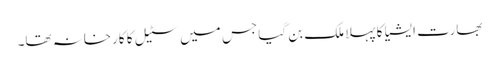
بھارت ایشیا کا پہلا ملک بن گیا جس میں سٹیل کا کارخانہ تھا۔